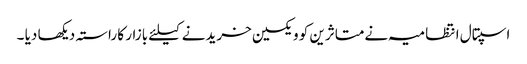
اسپتال انتظامیہ نےمتاثرین کو ویکسین خریدنے کیلئے بازار کا راستہ دیکھا دیا ۔